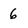
Character: 6